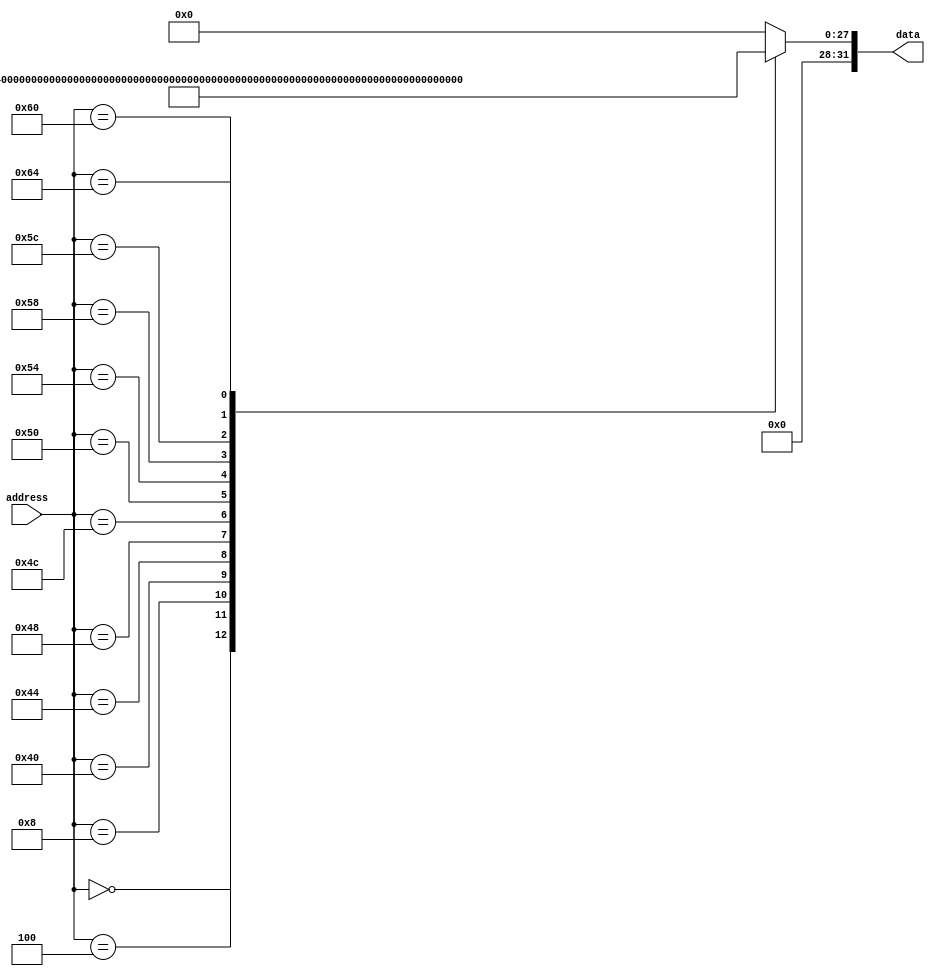
`timescale 1ns / 1ps
//////////////////////////////////////////////////////////////////////////////////
// Company: 
// 
// Design Name: Asynchronous Rom
// Module Name: rom
// Project Name: Lab 8
// Target Devices: 
// Tool Versions: 
// Description: 
// 
// Dependencies: 
// 
// Revision:
// Revision 0.01 - File Created
// Additional Comments:
// 
//////////////////////////////////////////////////////////////////////////////////


module rom (input [6:0] address, output reg [31:0] data); 
  always @(*) begin
    case(address)
        7'h00: data = 32'h02A00293;
        7'h04: data = 32'h02100313;
        7'h08: data = 32'h006283b3;
        7'h40: data = 32'h00000533;
        7'h44: data = 32'h00450593;
        7'h48: data = 32'h00052283;
        7'h4C: data = 32'h0005a303;
        7'h50: data = 32'h005303B3;
        7'h54: data = 32'h0F03FE13;
        7'h58: data = 32'h0F036E93;
        7'h5C: data = 32'h01C38463;
        7'h60: data = 32'h005E8EB3;
        7'h64: data = 32'h01d5a223;
        default: data = 32'h0;
   endcase 
  end
endmodule